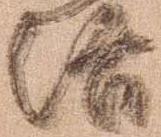
治